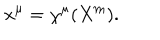
x ^ { \mu } = \chi ^ { \mu } ( X ^ { \mathrm { m } } ) .